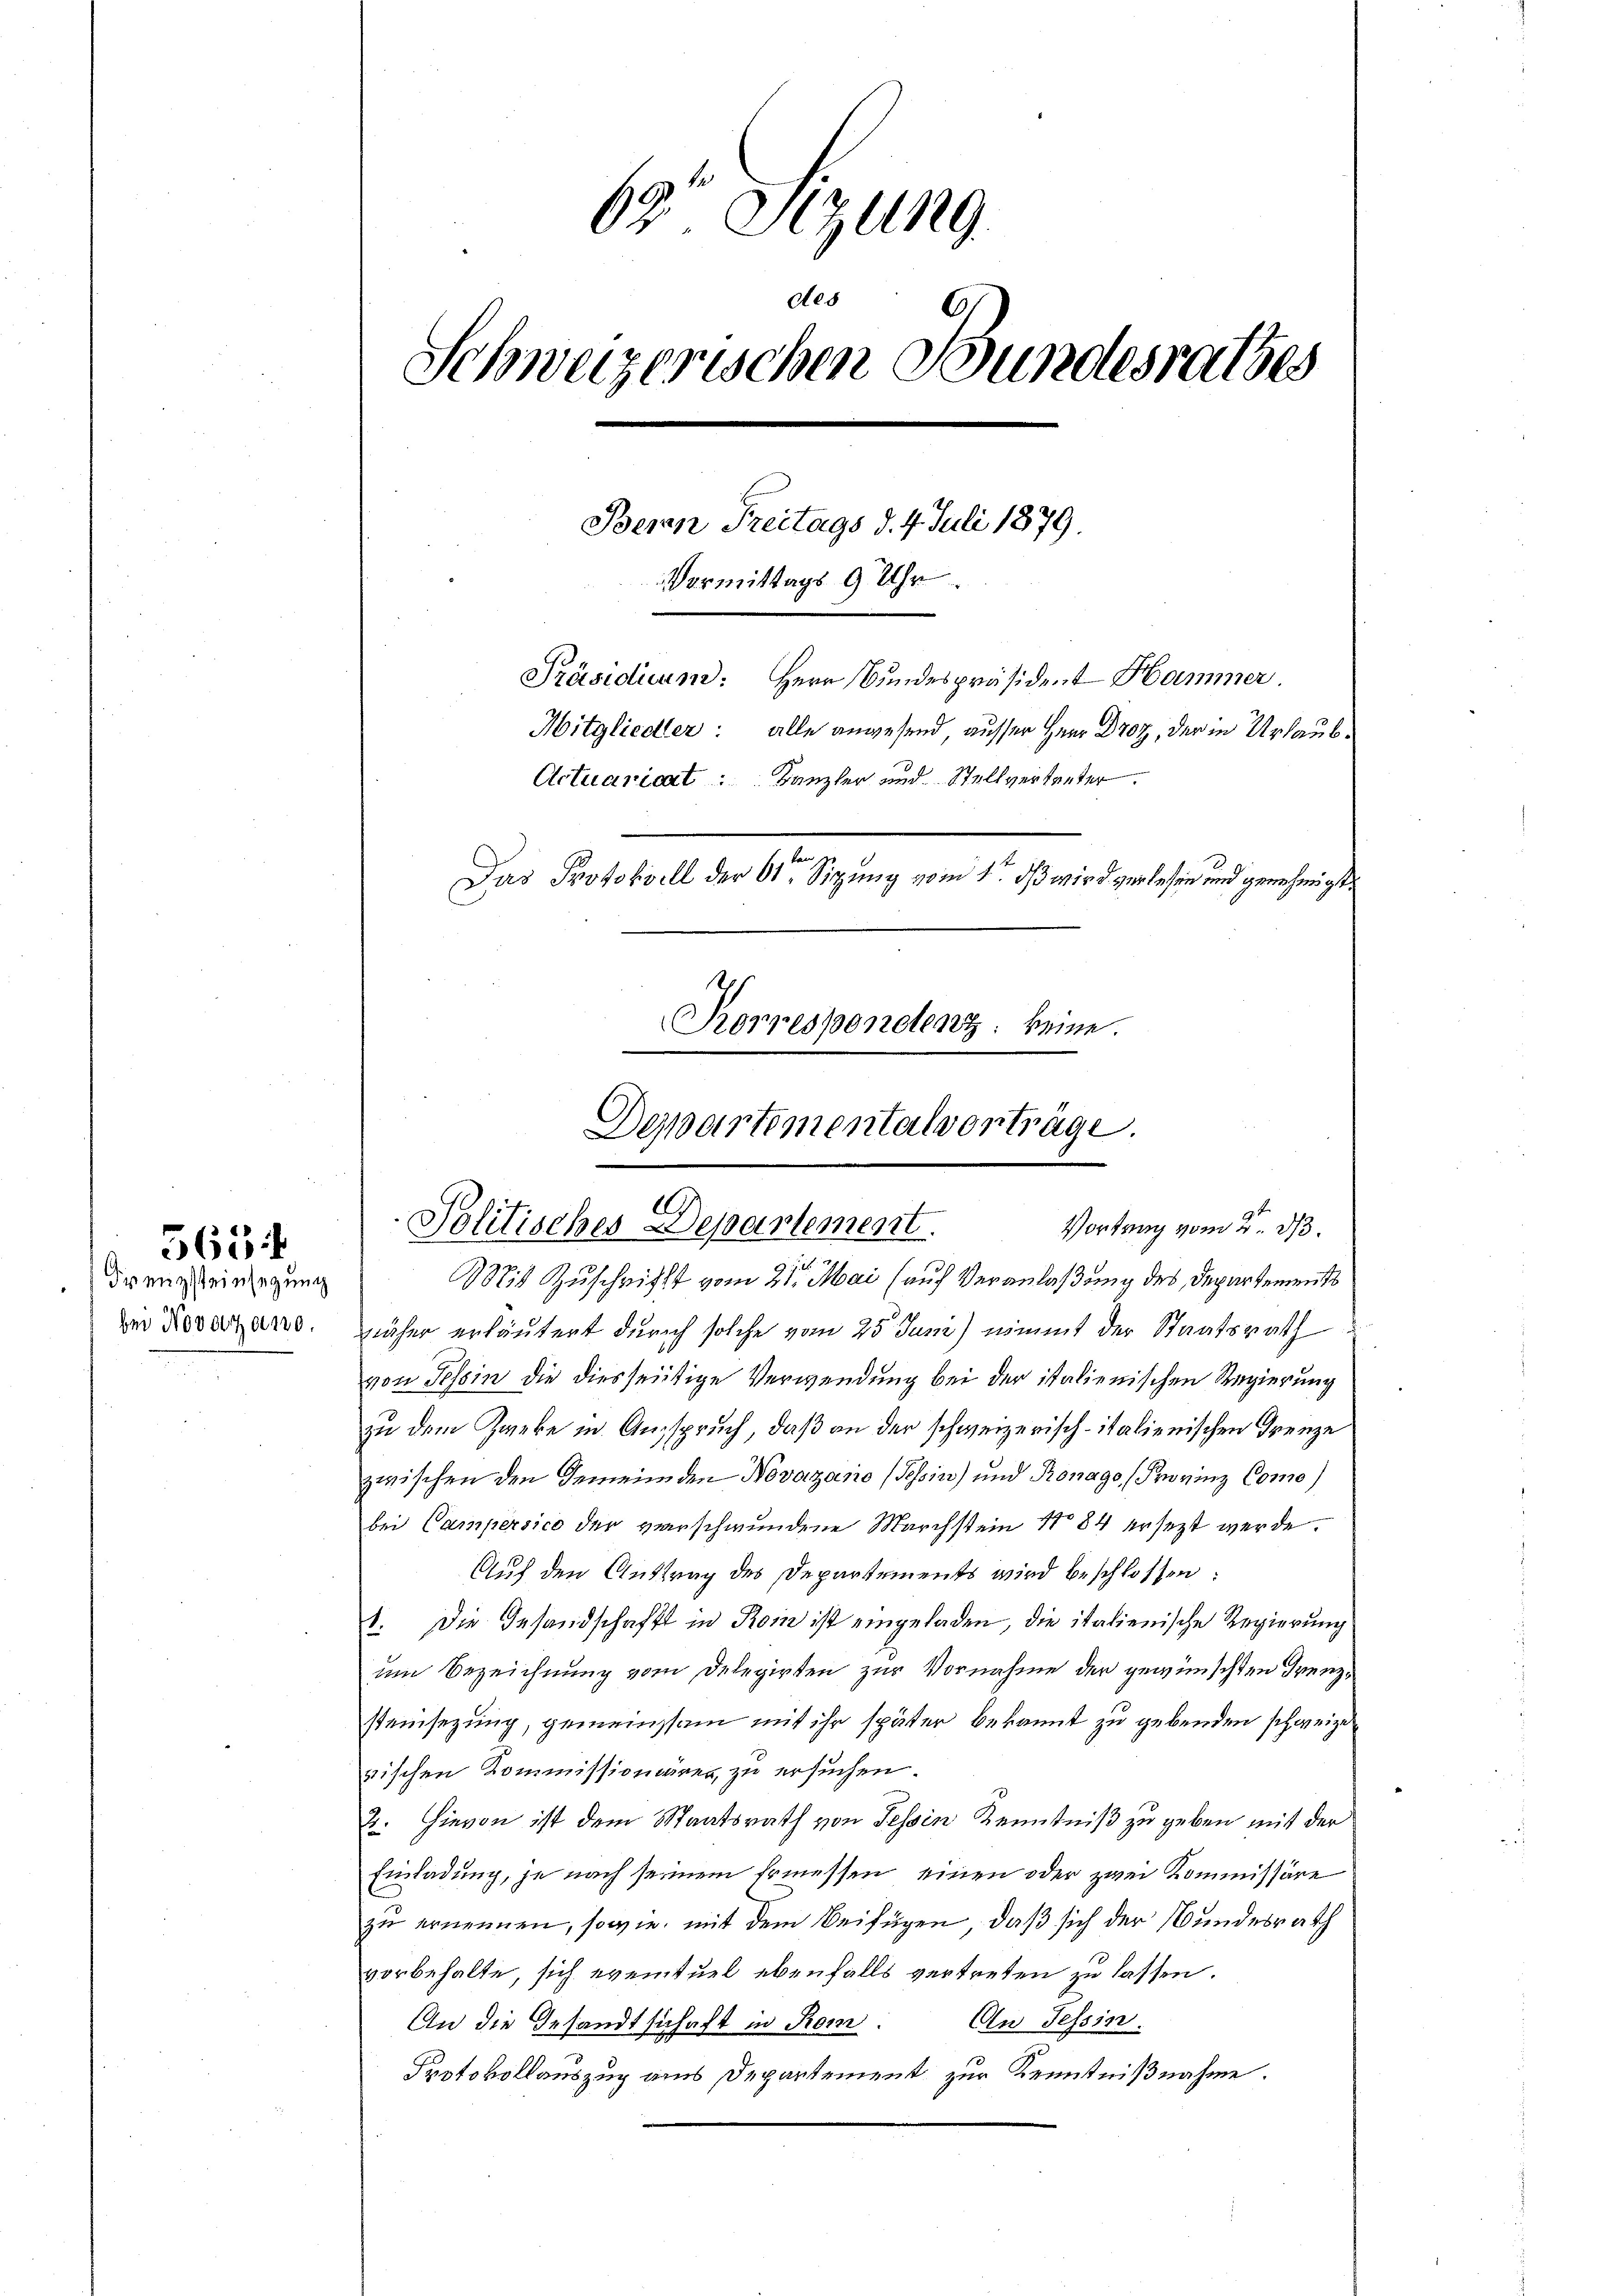
365 f

Diensteinsezung
bei Novoszano.

62. Sizung
des
Schweizerischen Bundesrathes
Bepan Freitags d. 4. Juli 1879.
Vermittags 9 Uhr
Präsidium: Herr Bundespräsident Hammer
Mitglieder: alle angesend ausser Herr Droz, der in Urlaub¬
Actuaricat: Kanzler und Stellvertreter.
e
Das Protokoll der 61. Sigung vom 1t dß wird verlesen und genehmigt.
.
Rorresponetenz: keine

Departementalvorträge.
Vortrag vom 2. d.
Politisches Departement.

gues
Mit Zuschrifft vom 21. Mai (auch Veranlaßung des Departement
näher erläutert durch solche vom 25 Juni nimmt der Staatsrath
von Tessin die diesseitige Verwendung bei der italienischen Regierung
zu dem Zweke in Ausspruch, daß an der schweizerisch-italienischen Grenze
zwischen den Gemeinden Novazario (Tessin) und Ronago, Provinz Como)
bei Campersico der verschwundene Marchstein No 84 ersezt werde.
Auf den Auftrag des Departements wird beschlossen:
1. Die Gesandschafft in Rom ist eingeladen, die italienische Regierung
um Bezeichnung vom Delegirten zur Vornahme der gewünschten Grenzsteinsezung, gemeinsam mit ihr später bekannt zu gebenden schweize
rischen Kommissionärer, zu ersuchen.
2. Hievon ist dem Staatsrath von Tessin Kenntniß zu geben mit der
Einladung, je nach seinem Ermessen, einen oder zwei Kommissäre
zu ernennen, sowie mit dem Beifügen, daß sich der Bundesrath
vorbehalte, sich eventuel ebenfalls vertreten zu lassen.
An die Gesandtschaft in Rom. An Tessin.
Protokollauszug aus Departement zur Kenntnißnahme.